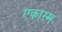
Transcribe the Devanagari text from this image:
एकास्म